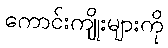
ကောင်းကျိုးများကို